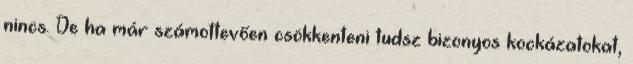
nincs. De ha már számottevően csökkenteni tudsz bizonyos kockázatokat,